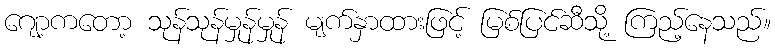
ဂျော့ကတော့ သုန်သုန်မှုန်မှုန် မျက်နှာထားဖြင့် မြစ်ပြင်ဆီသို့ ကြည့်နေသည်။